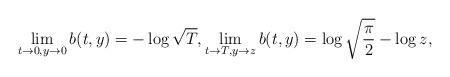
LaTeX: \begin{align*}\lim_{t\to 0,y\to 0}b(t,y)=-\log\sqrt{T}, \lim_{t\to T, y\to z}b(t,y)=\log\sqrt{\frac{\pi}{2}}-\log z,\end{align*}